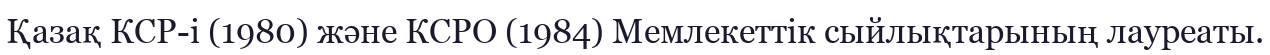
Қазақ КСР-і (1980) және КСРО (1984) Мемлекеттік сыйлықтарының лауреаты.